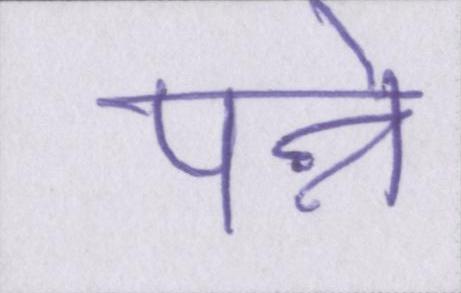
पन्ने